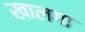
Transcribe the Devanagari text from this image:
खालगा